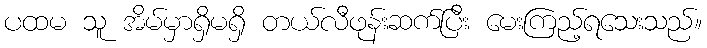
ပထမ သူ အိမ်မှာရှိမရှိ တယ်လီဖုန်းဆက်ပြီး မေးကြည့်ရသေးသည်။